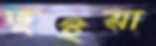
ভূইয়া